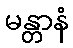
မန္တာနံ